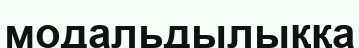
модальдылыққа